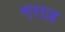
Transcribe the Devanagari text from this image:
गराज़